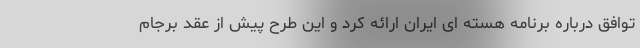
توافق درباره برنامه هسته ای ایران ارائه کرد و این طرح پیش از عقد برجام